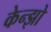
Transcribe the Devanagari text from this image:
केन्झो